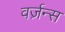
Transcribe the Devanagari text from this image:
वर्ज़न्स